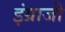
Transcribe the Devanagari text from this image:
इंग्राजी